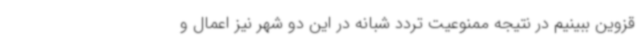
قزوین ببینیم در نتیجه ممنوعیت تردد شبانه در این دو شهر نیز اعمال و